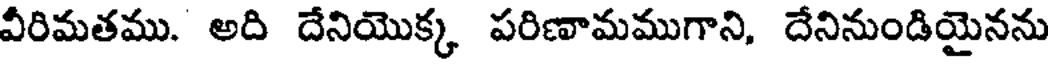
వీరిమతము. అది దేనియొక్క పరిణామముగాని, దేనినుండియైనను